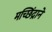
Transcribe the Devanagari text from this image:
मच्छिंद्राने